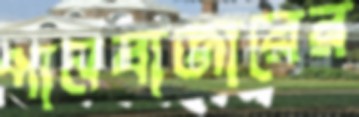
পানবাজারের